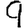
Digit: 9